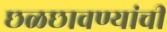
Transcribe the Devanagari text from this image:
छळछावण्यांची